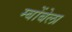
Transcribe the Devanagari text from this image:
म्बोंबेला